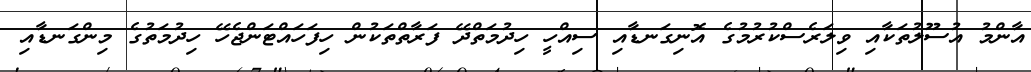
އާންމު އުސޫލުތަކާއި ވިލަރެސްކުރުމުގެ އޮނިގަނޑާއި ސިއްހީ ހިދުމަތްދޭ ފަަރާތްތަކުން ހިފަހައްޓަންޖެހޭ ހިދުމަތުގެ މިންގަނޑާއި